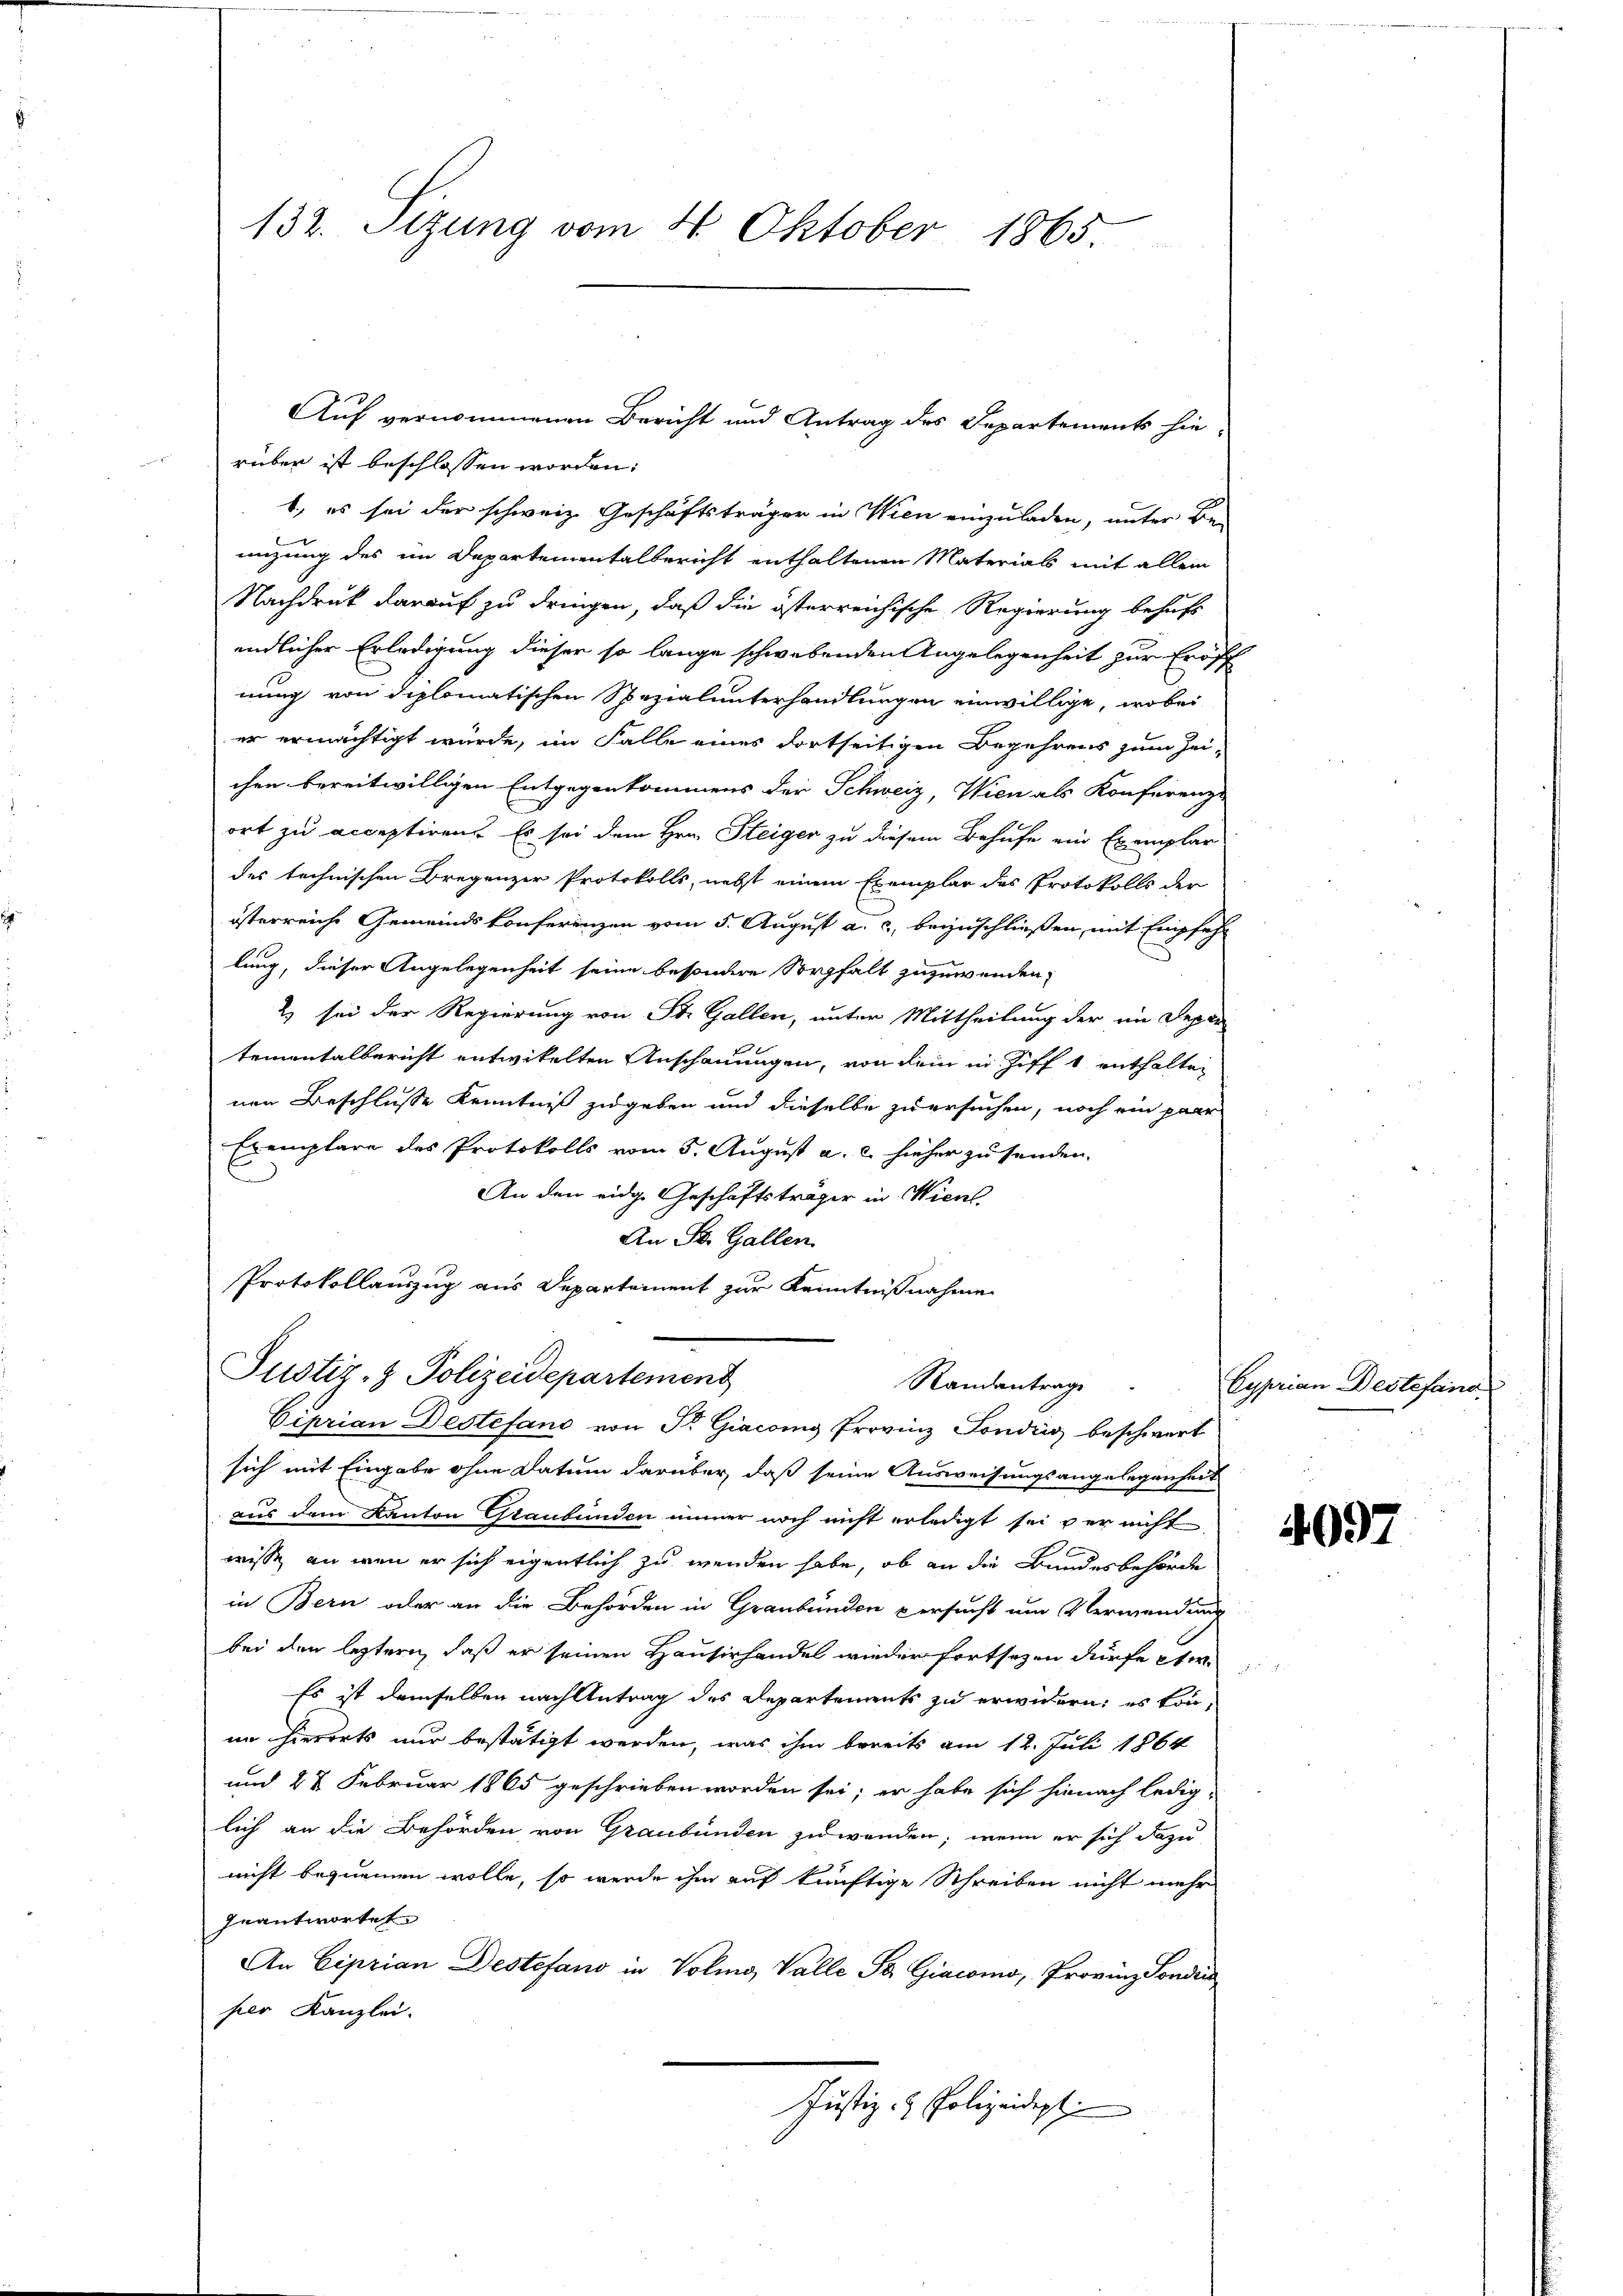
132. Sizung vom 4. Oktober 1865

rüber ist beschlossen worden:
1., es sei der schweiz. Geschäftsträger in Wien einzuladen, unter Be-
migung des im Departementalbericht enthaltenen Materials mit allem
Nachdruck darauf zu dringen, daß die österreichische Regierung behufs
endlicher Erledigung dieser so lange schwebenden Angelegenheit zur Eröff
nung von diplomatischen Spezialunterhandlungen einwillige, wobei
er ermächtigt würde, im Falle eines dortseitigen Begehrens zum Zei-
chen bereitwilligen Entgegenkommens der Schweiz, Wien als Konferenz-
ort zu acceptiren. Es sei dem Hrn. Steiger zu diesem Behufe ein Exemplar
des technischen Bregenzer Protokolls, nebst einem Exemplar des Protokolls der
österreiche Gemeindskonferenzen vom 5. August a. c., beizuschließen, mit Empfehl
lung, dieser Angelegenheit seine besondere Sorgfalt zuzuwenden,
2) sei der Regierung von St. Gallen, unter Mittheilung der ein Deper
tementalbericht entwickelten Anschauungen, von dem in Ziff 1 enthalten
nen Beschlüsse Kenntniß zugeben und dieselbe zu ersuchen, noch ein paar
Exemplare des Protokolls vom 5. August a. c. hieher zu senden.
e
An den eidge Geschäftsträger in Wiens
An St. Gallen
Protokollauszug aus Departement zur Kenntnißnahme
Justiz- & Polizeidepartement
Randantrage
Ciprian Bestefand von Dr. Giacong Provinz Londrig beschwert
sich mit Eingabe ohne Datum darüber, daß seine Ausweisungsangelegenheit
aus dem Kanton Graubünden immer noch nicht erledigt sei ver nicht
wisse an wenn er sich eigentlich zu wenden habe, ob an die Bundesbehörde
in Bern oder an die Behörden in Graubünden versucht um Verwendung
bei den letztern, daß er seinen Hausirhandel wieder fortsezen dürfe etw
Es ist demselben nach Antrag des Departements zu erwidern; es könim hierorts nur bestätigt werden, was ihm bereits am 12. Juli 1864
und 22 Februar 1865 geschrieben worden sei; er habe sich hienach ledig-
lich an die Behörden von Graubünden zu wenden, wenn er sich dazu
nicht bequemen wolle, so werde ihm auf künftige Schreiben nicht mehr
geantwortet
An Ciprian Destefand in Volmo, Valle St. Giacomo, Provinz Sondii
per Kanzlei.
Justiz- & Polizeidigt

Auf vernommenen Bericht und Antrag des Separtements hie-

Cyprian Destefand.

4997